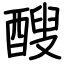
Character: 醙